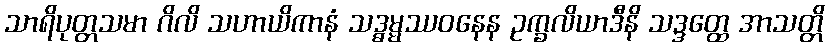
သာရိပုတ္တသမာ ဂိလိ သဟာယိကာနံ သဒ္ဓမ္မဿဝနေန ဥက္ခလိယာဒီနိ သဒ္ဒတ္ထေ အာသတ္တိ